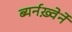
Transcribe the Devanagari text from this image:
ब्यर्नख़्वेर्ने